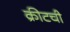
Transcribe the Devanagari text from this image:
क्रीटची